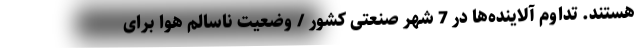
هستند. تداوم آلاینده‌ها در 7 شهر صنعتی کشور / وضعیت ناسالم هوا برای